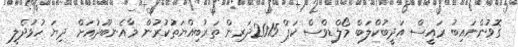
ގޮވުންނައިބު ރައީސް އަދީބުކްލަބް މޯލްޑިވްސް ކަޕް 2015ދަރިން ތަރުބިއްޔަތުކުރުން މާއެނބޫދުއަށް ދިޔަ ހުޅުދެލީ